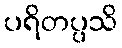
ပရိတပ္ပသိ